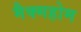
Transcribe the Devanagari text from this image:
मैक्महोम